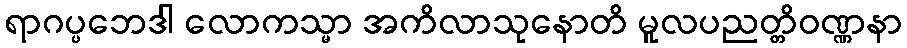
ရာဂပ္ပဘေဒါ လောကသ္မာ အကိလာသုနောတိ မူလပညတ္တိဝဏ္ဏနာ